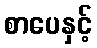
စာပေနှင့်